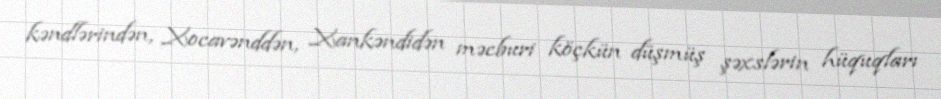
kəndlərindən, Xocavənddən, Xankəndidən məcburi köçkün düşmüş şəxslərin hüquqları